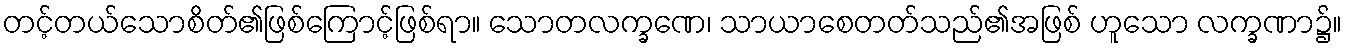
တင့်တယ်သောစိတ်၏ဖြစ်ကြောင့်ဖြစ်ရာ။ သောတလက္ခဏေ၊ သာယာစေတတ်သည်၏အဖြစ် ဟူသော လက္ခဏာ၌။